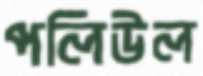
পলিউল